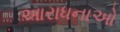
આરાધનાઓ